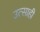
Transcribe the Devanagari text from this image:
उत्‍साही